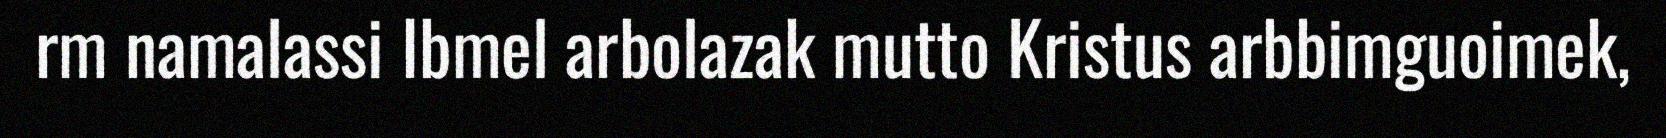
rm namalassi Ibmel arbolazak mutto Kristus arbbimguoimek,